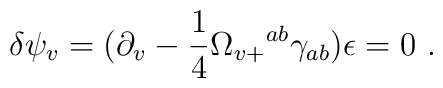
\delta \psi_v = \bigl (\partial_v - {1\over 4}  \Omega_{v +}{}^{ab}\gamma_{ab}\bigr)\epsilon   = 0\ .